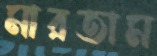
মারতাম